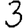
Digit: 3